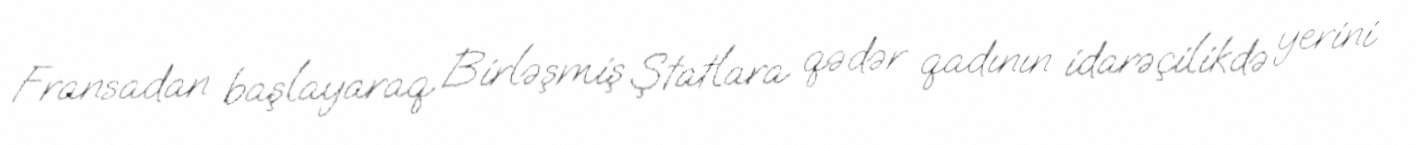
Fransadan başlayaraq Birləşmiş Ştatlara qədər qadının idarəçilikdə yerini